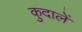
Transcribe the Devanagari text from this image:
कुदालें